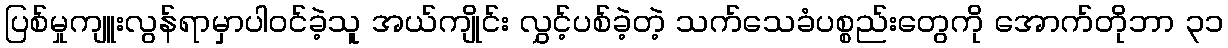
ပြစ်မှုကျူးလွန်ရာမှာပါဝင်ခဲ့သူ အယ်ကျိုင်း လွှင့်ပစ်ခဲ့တဲ့ သက်သေခံပစ္စည်းတွေကို အောက်တိုဘာ ၃၁